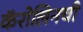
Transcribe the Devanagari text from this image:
कॅरोलिनची